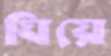
ঘিয়ে